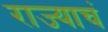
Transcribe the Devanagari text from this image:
राज्याचं